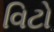
વિટો